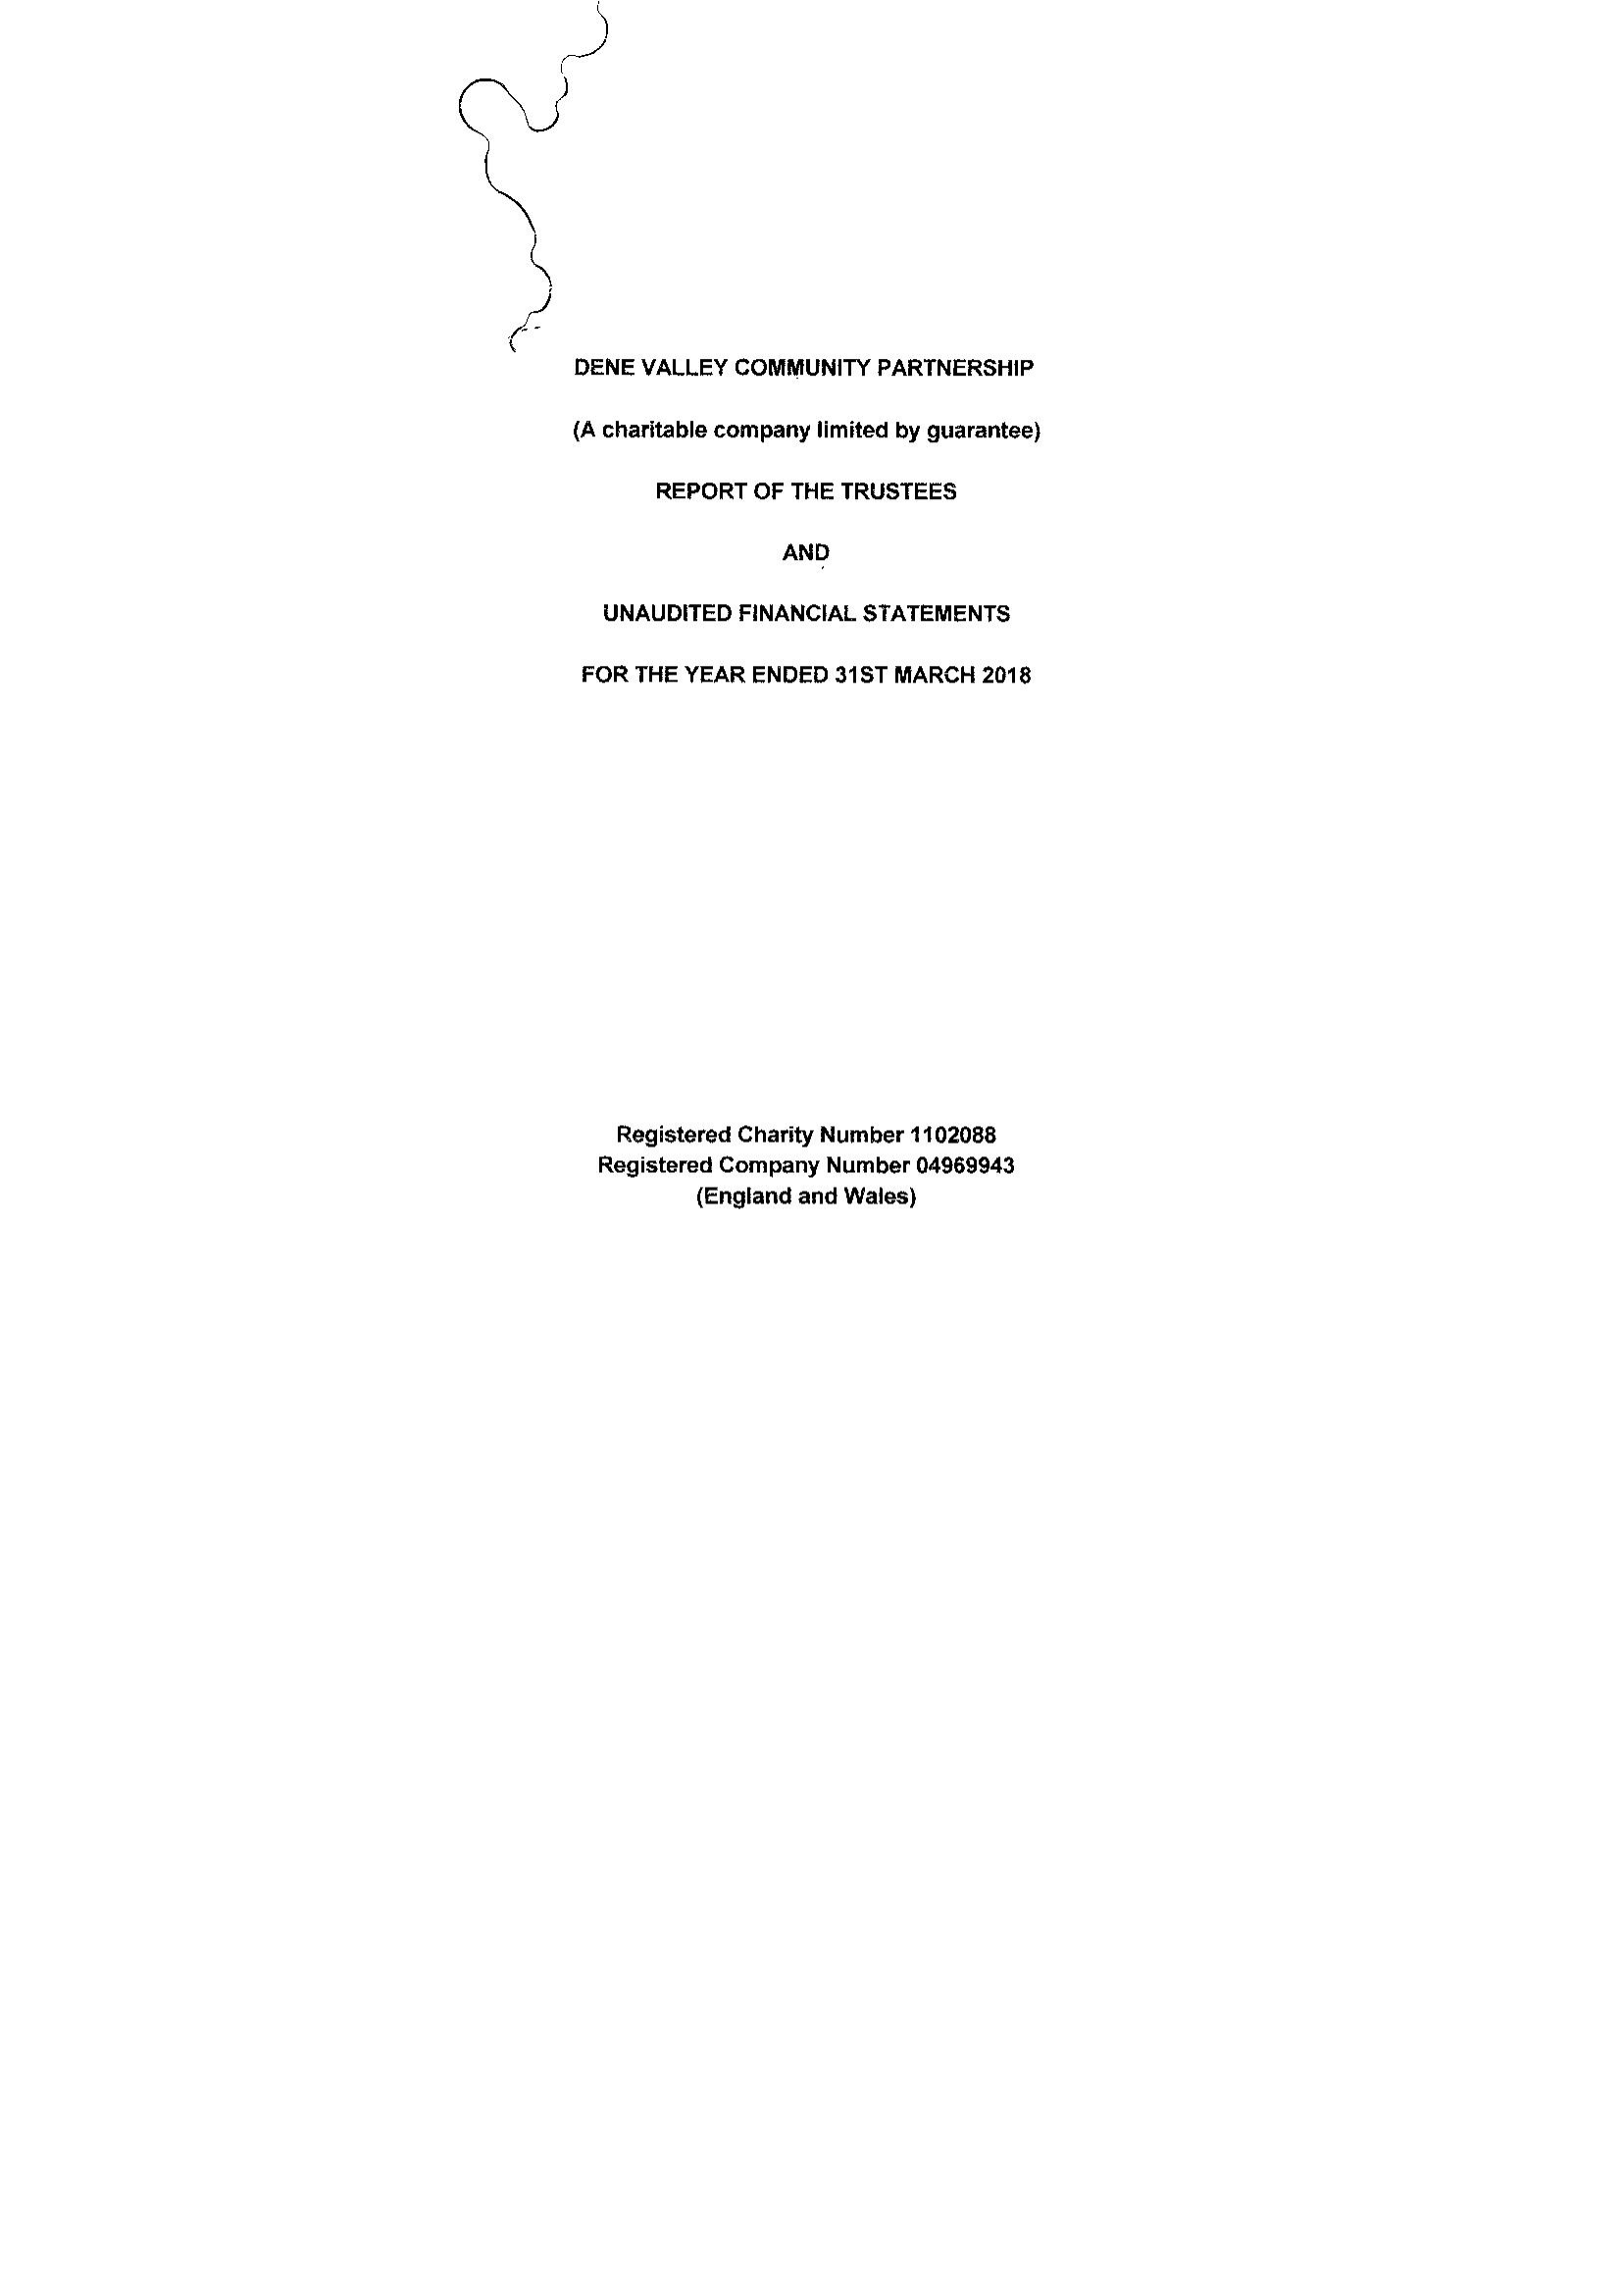
)
     il
     §
     Z
     '
     DENE  VALLEY COMMUNITY   PARTNERSHIP
     (A charitable company limited by guarantee)
     REPORT  OF THE TRUSTEES
     AND
     UNAUDITED  FINANCIAL STATEMENTS
     FOR THE YEAR  ENDED  31ST MARCH 2018
     Registered Charity Number 1102088
     Registered Company Number 04969943
     (England and Wales)